Lunatic asylums Bombay report 1891-1903 - 1891-1903
Year: 1891
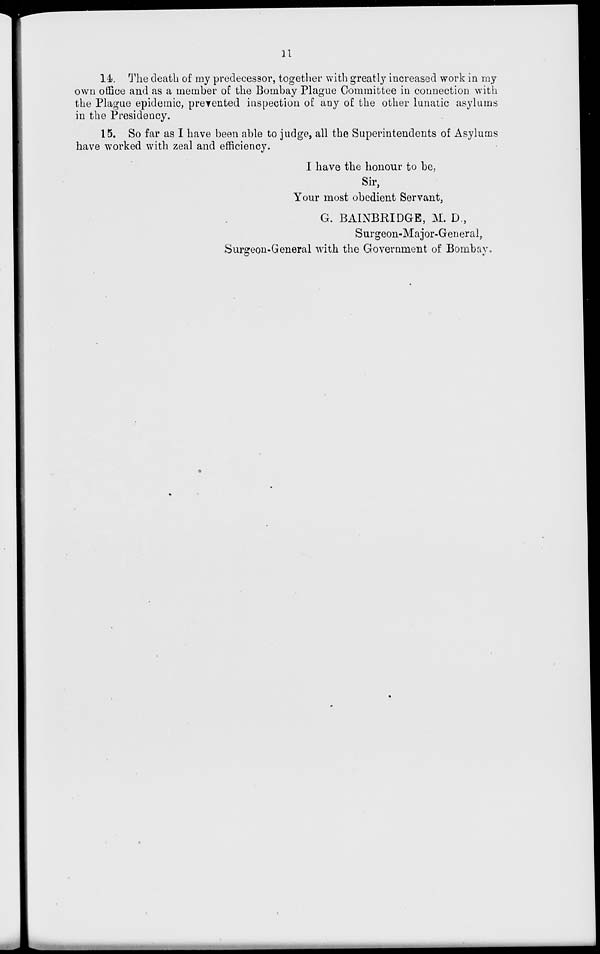
11
14. The death of my predecessor, together with greatly increased work in my
own office and as a member of the Bombay Plague Committee in connection with
the Plague epidemic, prevented inspection of any of the other lunatic asylums
in the Presidency.
15. So far as I have been able to judge, all the Superintendents of Asylums
have worked with zeal and efficiency.
I have the honour to be,
Sir,
Your most obedient Servant,
G. BAINBRIDGE, M. D.,
Surgeon-Major-General,
Surgeon-General with the Government of Bombay.